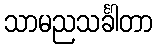
သာမညသင်္ခါတာ